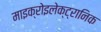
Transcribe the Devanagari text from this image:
माइक्रोइलेक्ट्रानिक